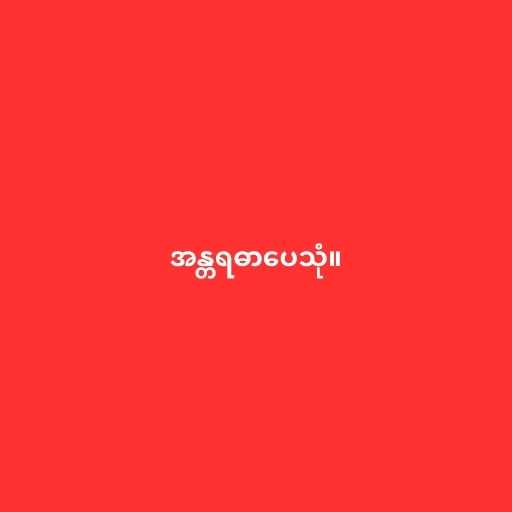
အန္တရဓာပေသုံ။